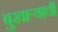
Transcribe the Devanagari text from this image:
बुखार्‍याची